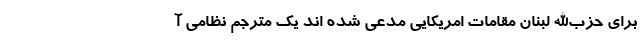
برای حزب‌الله لبنان مقامات امریکایی مدعی شده اند یک مترجم نظامی آ